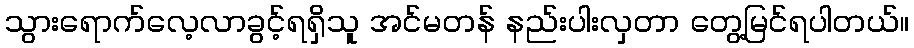
သွားရောက်လေ့လာခွင့်ရရှိသူ အင်မတန် နည်းပါးလှတာ တွေ့မြင်ရပါတယ်။